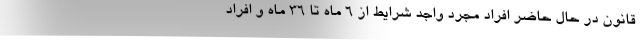
قانون در حال حاضر افراد مجرد واجد شرایط از ۶ ماه تا ۳۶ ماه و افراد